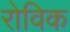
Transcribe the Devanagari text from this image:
रोविक